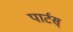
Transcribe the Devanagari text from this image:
पार्टस्